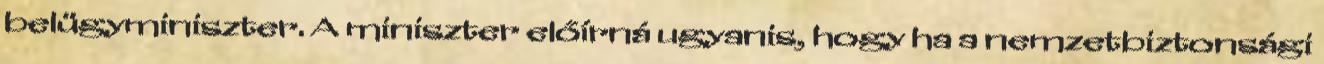
belügyminiszter. A miniszter előírná ugyanis, hogy ha a nemzetbiztonsági